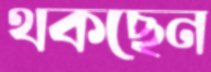
থকছেন